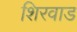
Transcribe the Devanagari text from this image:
शिरवाड